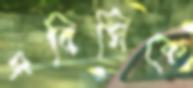
এবিসিকে